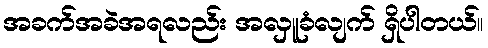
အခက်အခဲအရလည်း အလှူခံလျက် ရှိပါတယ်။